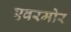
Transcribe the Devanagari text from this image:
एवरमोर